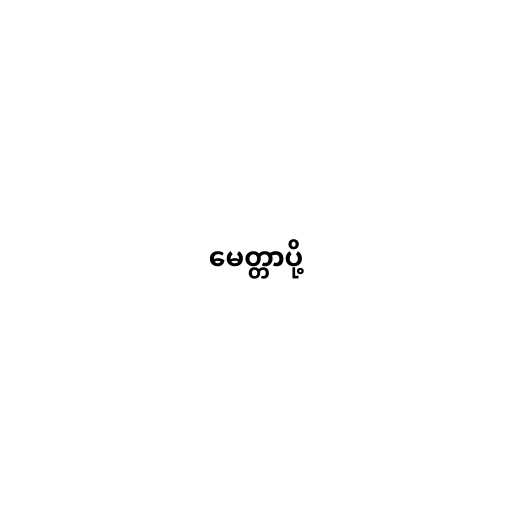
မေတ္တာပို့